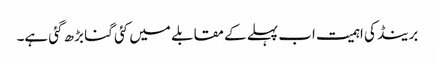
برینڈ کی اہمیت اب پہلے کے مقابلے میں کئی گنا بڑھ گئی ہے۔